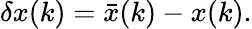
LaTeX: \delta x(k)=\bar{x}(k)-x(k).